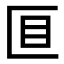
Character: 𫧐